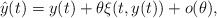
\begin{align*}\hat{y}(t)=y(t)+\theta\xi(t,y(t))+o(\theta),\end{align*}